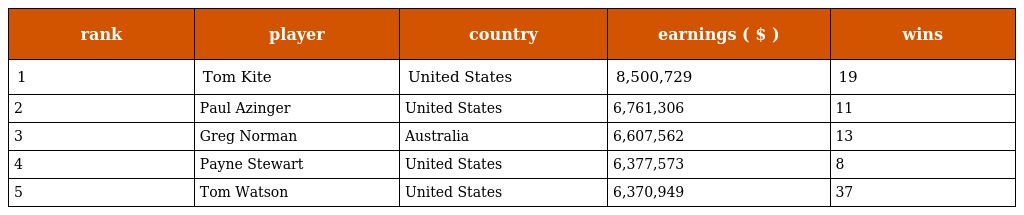
| rank | player | country | earnings ( $ ) | wins |
 | --- | --- | --- | --- | --- |
 | 1 | Tom Kite | United States | 8,500,729 | 19 |
 | 2 | Paul Azinger | United States | 6,761,306 | 11 |
 | 3 | Greg Norman | Australia | 6,607,562 | 13 |
 | 4 | Payne Stewart | United States | 6,377,573 | 8 |
 | 5 | Tom Watson | United States | 6,370,949 | 37 |